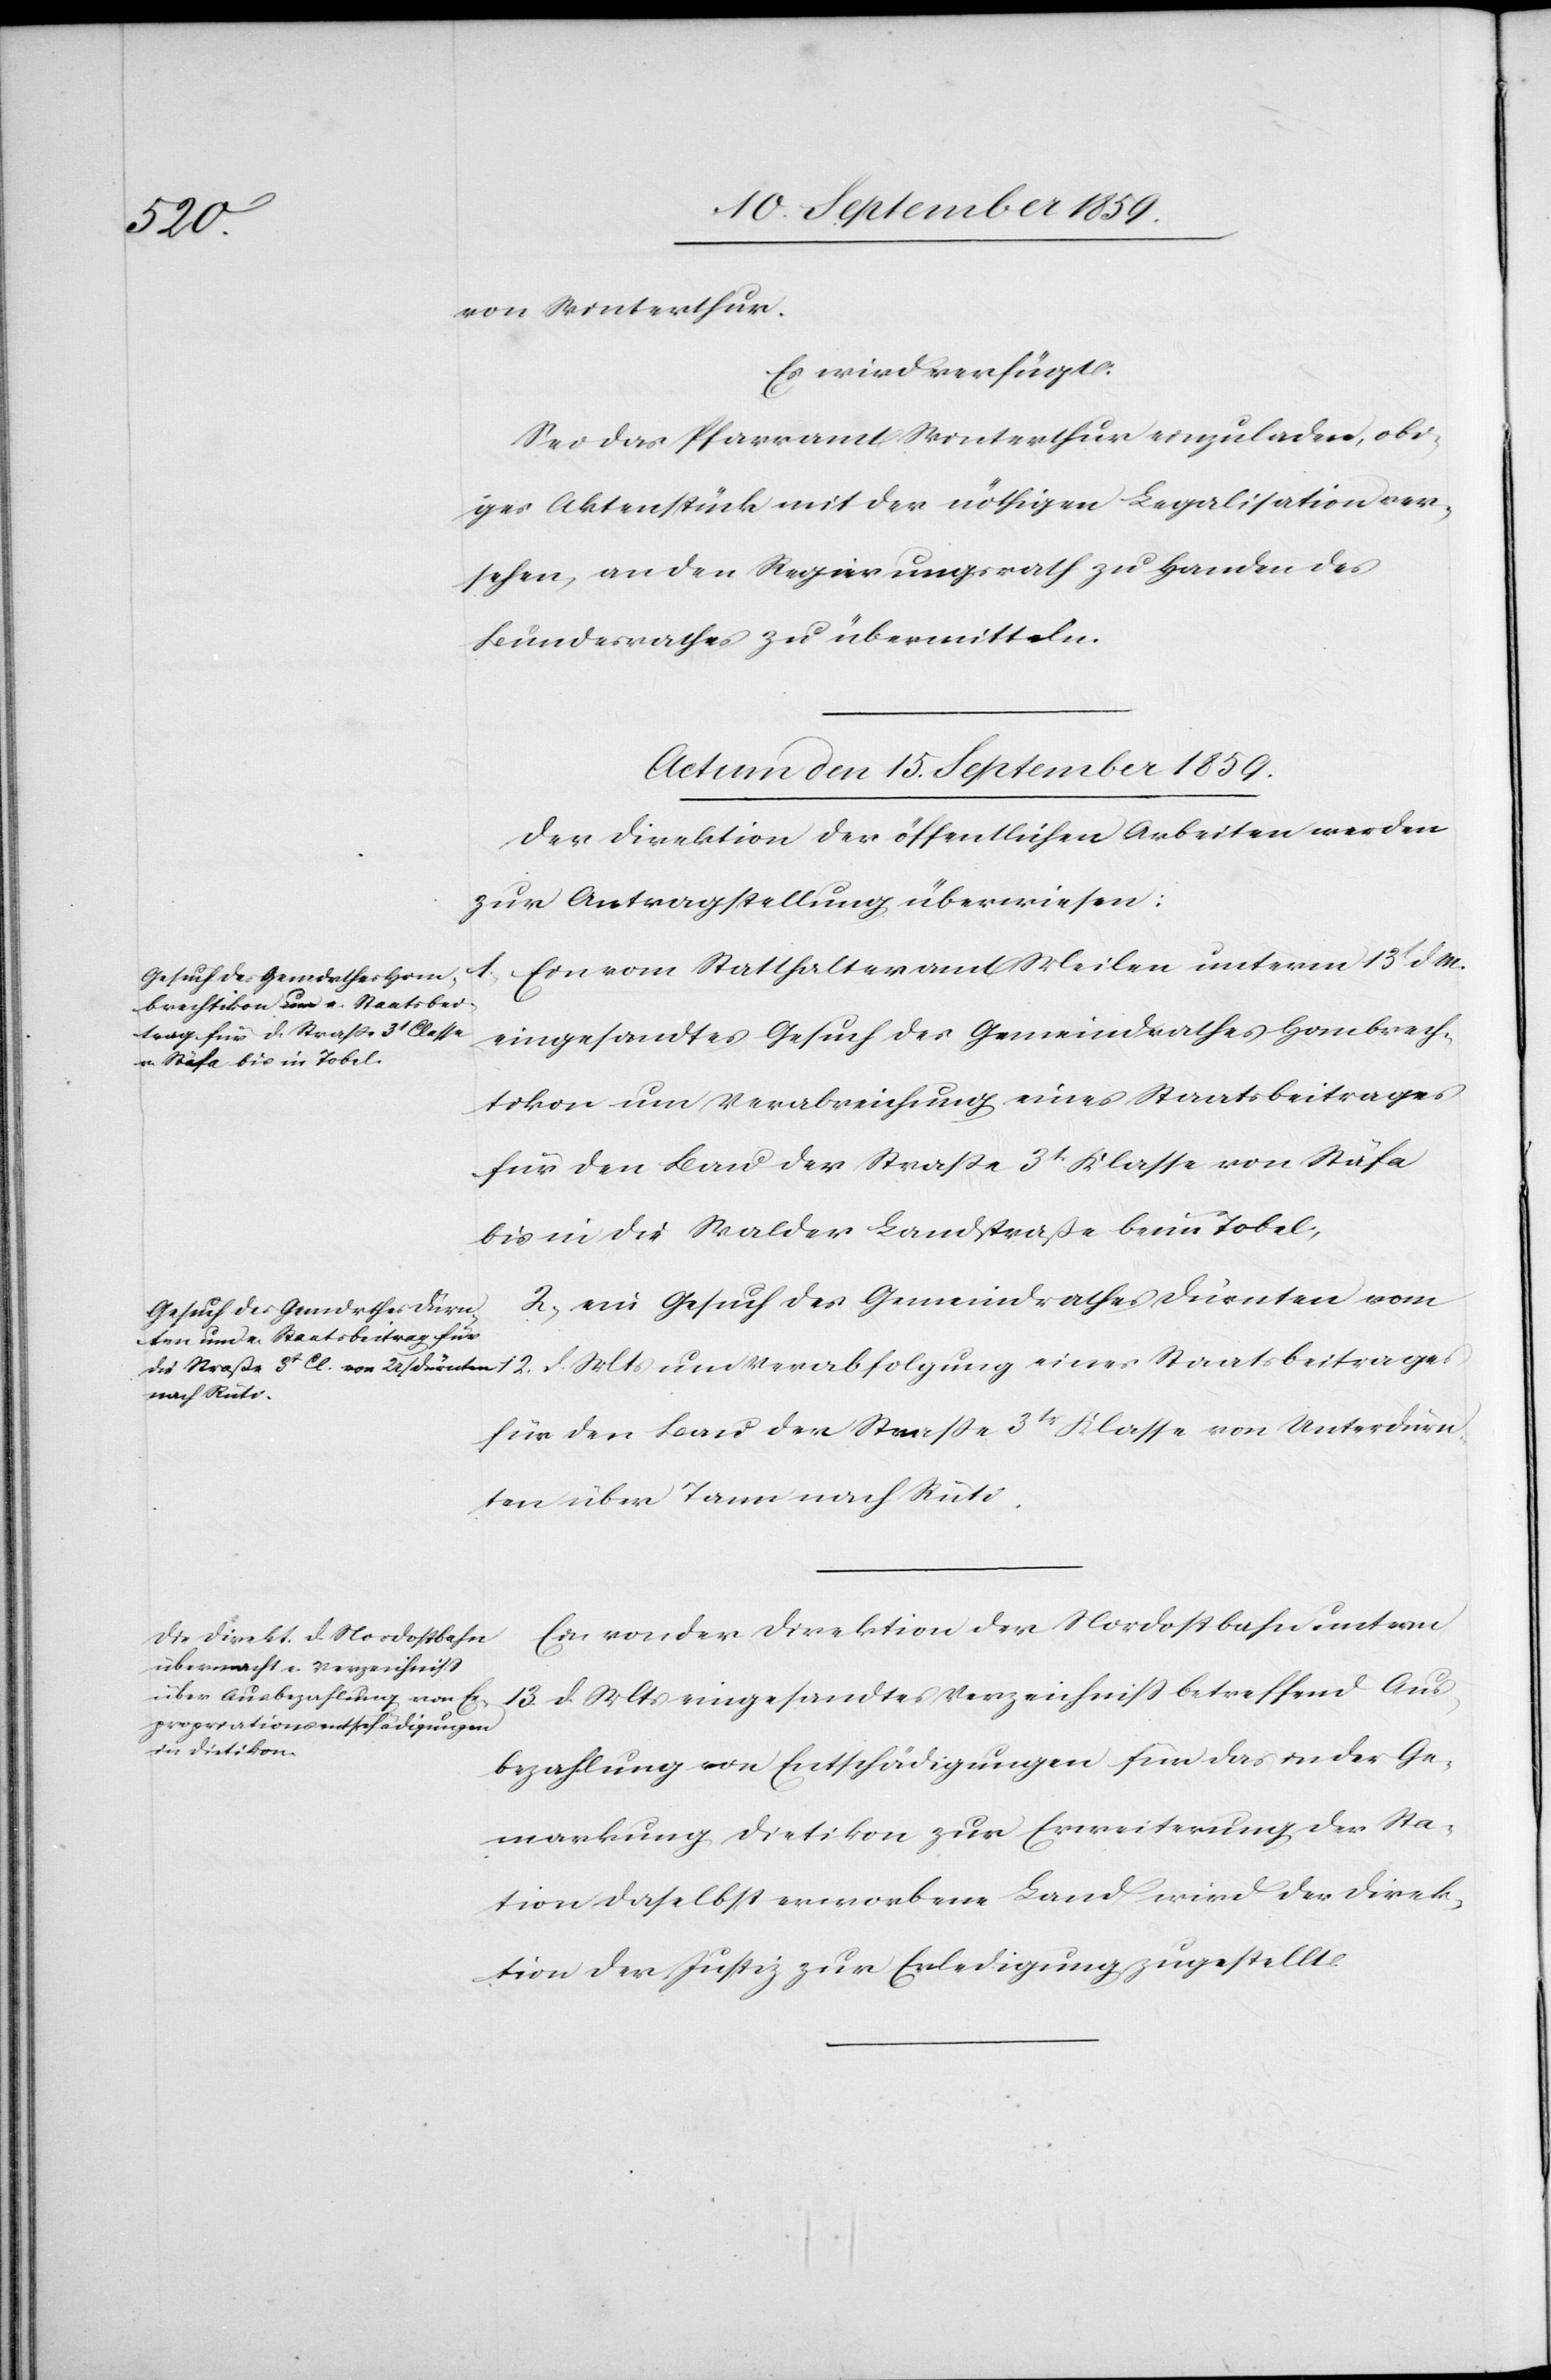
12. d.
von Winterthur.
Es wird verfügt:
Sei das Pfarramt Winterthur einzuladen, obi¬
ges Aktenstück mit der nöthigen Legalisation ver¬
sehen, an den Regierungsrath zu Handen des
Bundesrathes zu übermitteln.
Actum den 15. September 1859.]
Der Direktion der öffentlichen Arbeiten werden
zur Antragstellung überwiesen:
ein vom Statthalteramt Meilen unterm 13t. d. M.
eingesandtes Gesuch des Gemeindrathes Hombrech¬
tikon um Verabreichung eines Staatsbeitrages
für den Bau der Straße 3t. Klasse von Stäfa
bis in die Walder Landstraße beim Tobel,
2. ein Gesuch des Gemeindrathes Dürnten vom
für den Bau der Straße 3tr. Klasse von Unterdürn¬
ten über Tann nach Rüti.
Ein von der Direktion der Nordostbahn unterm
13. d. Mts. eingesandtes Verzeichniß betreffend Aus¬
bezahlung von Entschädigungen für das in der Ge¬
markung Dietikon zur Erweiterung der Sta¬
tion daselbst erworbene Land wird der Direk¬
tion der Justiz zur Erledigung zugestellt.